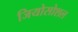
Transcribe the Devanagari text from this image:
जियोसोशल